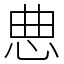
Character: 㤟